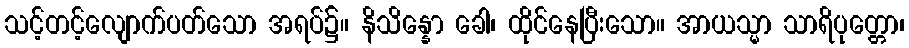
သင့်တင့်လျောက်ပတ်သော အရပ်၌။ နိသိန္နော ခေါ၊ ထိုင်နေပြီးသော။ အာယသ္မာ သာရိပုတ္တော၊